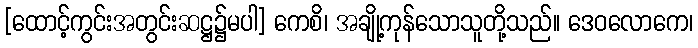
[ထောင့်ကွင်းအတွင်းဆဋ္ဌ၌မပါ] ကေစိ၊ အချို့ကုန်သောသူတို့သည်။ ဒေဝလောကေ၊